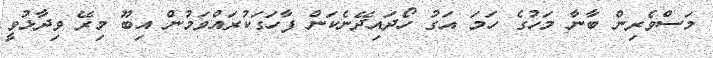
މަސްވެރިން ބާނާ މަހުގެ ހަމަ އަގު ހޯދައިދޭނެކަން ފާހަގަކުރައްވަމުން އިބޫ މިރޭ ވިދާޅުވީ